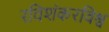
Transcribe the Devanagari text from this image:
रविशंकरविश्व